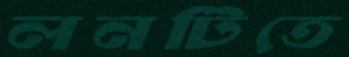
লনটিতে